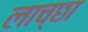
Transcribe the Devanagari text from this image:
लाच्छा